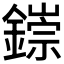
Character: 𫓁